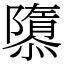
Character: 隳